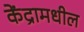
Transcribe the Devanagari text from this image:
केंद्रामधील